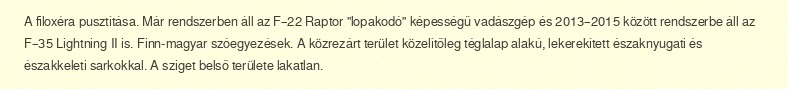
A filoxéra pusztítása. Már rendszerben áll az F–22 Raptor "lopakodó" képességű vadászgép és 2013–2015 között rendszerbe áll az F–35 Lightning II is. Finn-magyar szóegyezések. A közrezárt terület közelítőleg téglalap alakú, lekerekített északnyugati és északkeleti sarkokkal. A sziget belső területe lakatlan.